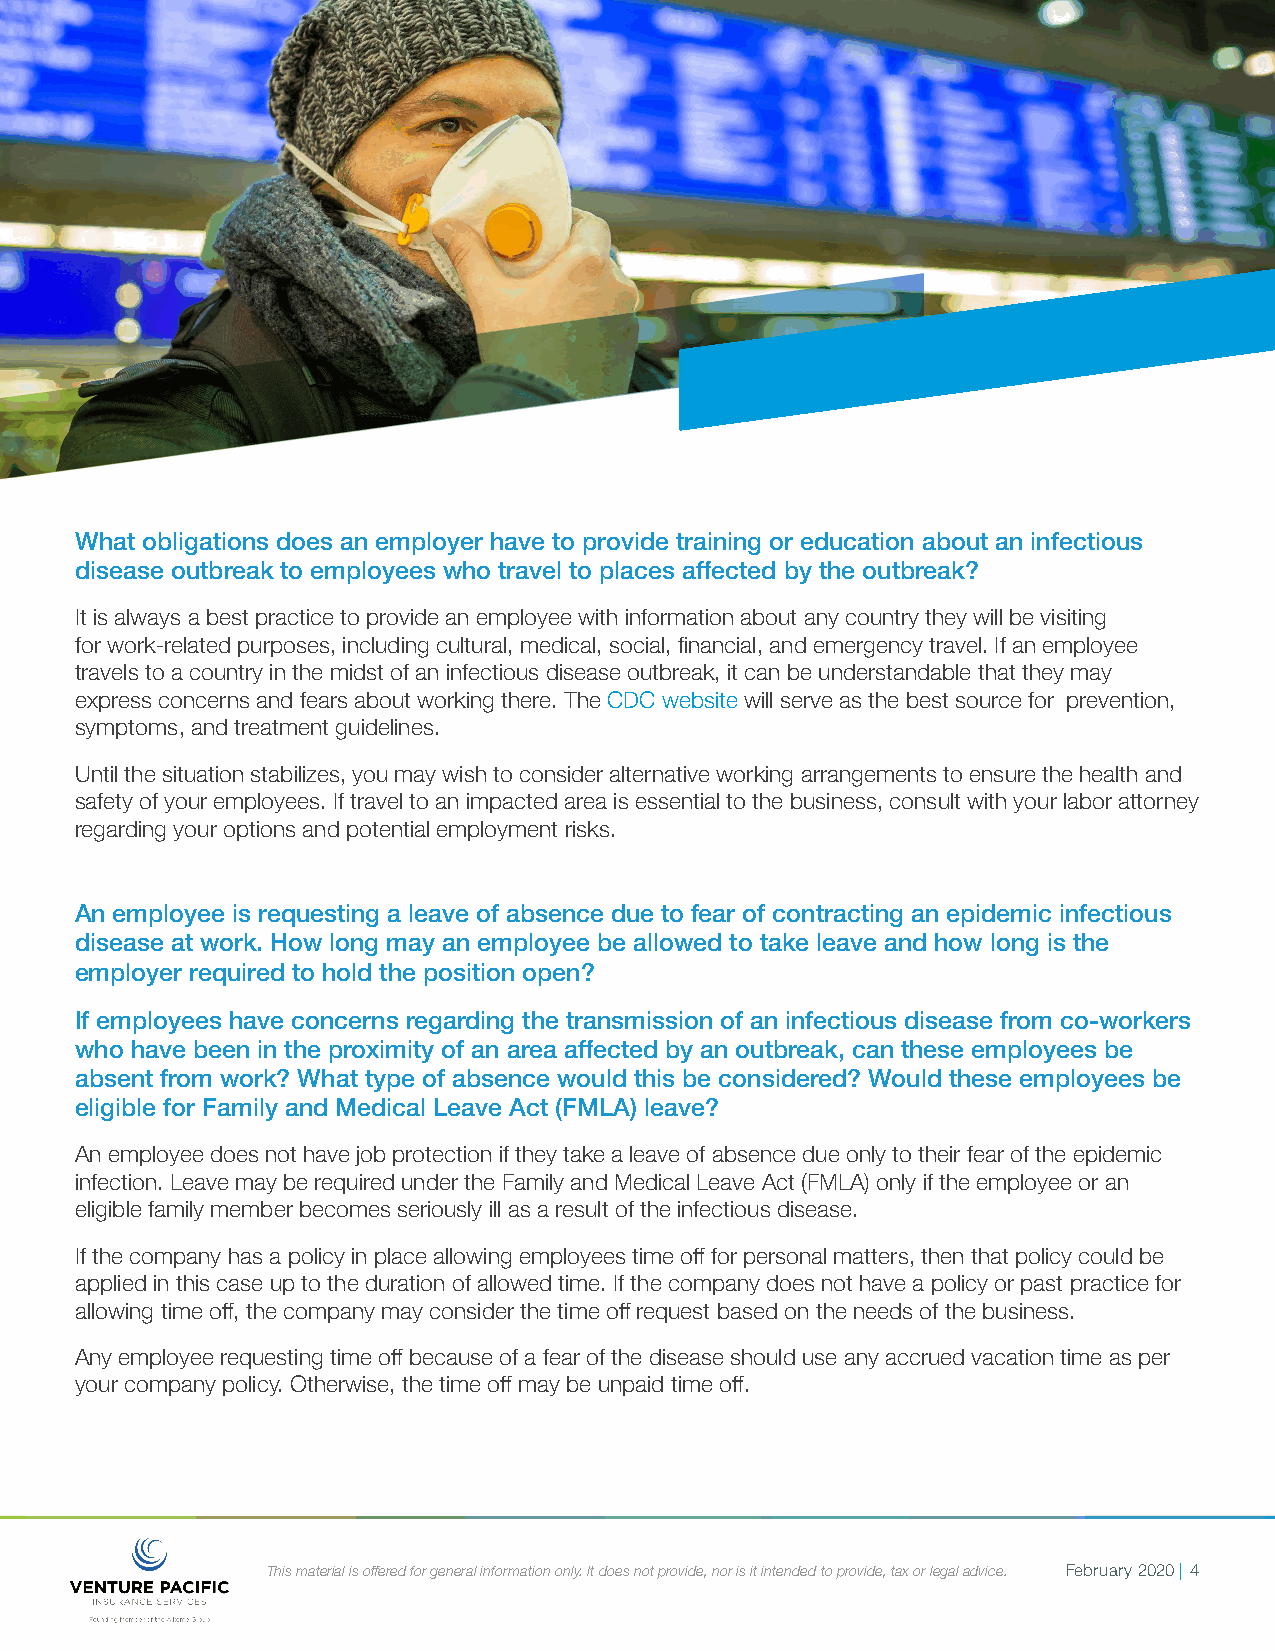
What obligations does an employer have to provide training or education about an infectious
 disease outbreak to employees who travel to places affected by the outbreak?
 It is always a best practice to provide an employee with information about any country they will be visiting
 for work-related purposes, including cultural, medical, social, financial, and emergency travel. If an employee
 travels to a country in the midst of an infectious disease outbreak, it can be understandable that they may
 express concerns and fears about working there. The CDC website will serve as the best source for prevention,
 symptoms, and treatment guidelines.
 Until the situation stabilizes, you may wish to consider alternative working arrangements to ensure the health and
 safety of your employees. If travel to an impacted area is essential to the business, consult with your labor attorney
 regarding your options and potential employment risks.
 An employee is requesting a leave of absence due to fear of contracting an epidemic infectious
 disease at work. How long may an employee be allowed to take leave and how long is the
 employer required to hold the position open?
 If employees have concerns regarding the transmission of an infectious disease from co-workers
 who have been in the proximity of an area affected by an outbreak, can these employees be
 absent from work? What type of absence would this be considered? Would these employees be
 eligible for Family and Medical Leave Act (FMLA) leave?
 An employee does not have job protection if they take a leave of absence due only to their fear of the epidemic
 infection. Leave may be required under the Family and Medical Leave Act (FMLA) only if the employee or an
 eligible family member becomes seriously ill as a result of the infectious disease.
 If the company has a policy in place allowing employees time off for personal matters, then that policy could be
 applied in this case up to the duration of allowed time. If the company does not have a policy or past practice for
 allowing time off, the company may consider the time off request based on the needs of the business.
 Any employee requesting time off because of a fear of the disease should use any accrued vacation time as per
 your company policy. Otherwise, the time off may be unpaid time off.
 This material is offered for general information only. It does not provide, nor is it intended to provide, tax or legal advice. February 2020 | 4